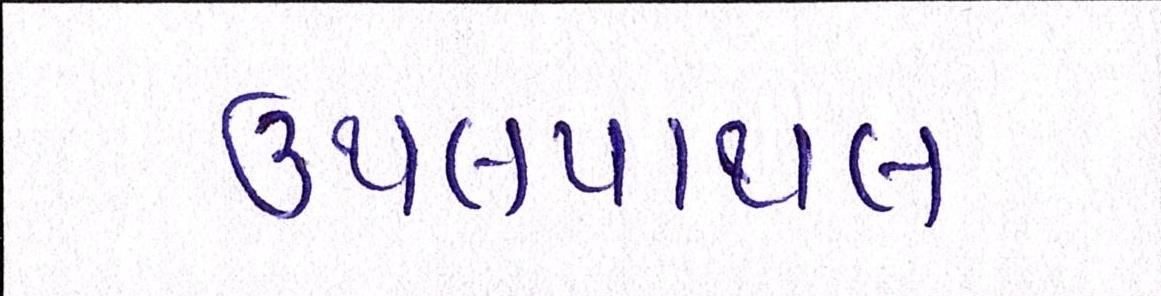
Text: ઉથલપાથલ